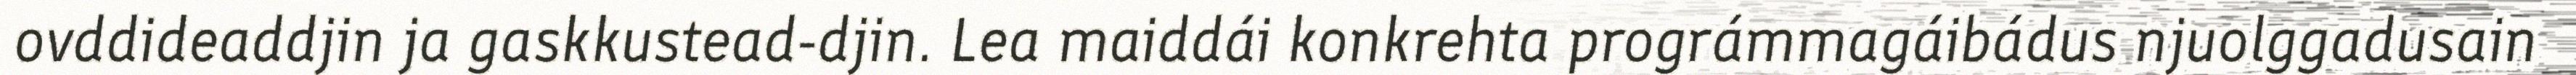
ovddideaddjin ja gaskkustead-djin. Lea maiddái konkrehta prográmmagáibádus njuolggadusain